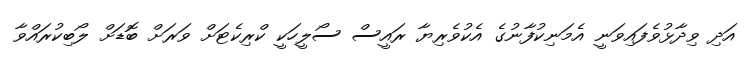
އަދި ވިދާޅުވެފައިވަނީ އެމަނިކުފާނުގެ އެކުވެރިޔާ ރައީސް ސޯލީހަކީ ކްރިކެޓަށް ވަރަށް ބޮޑަށް ލޯބިކުރައްވާ